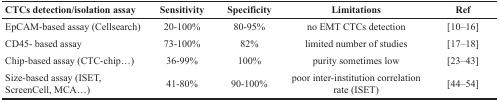
<table><thead><tr><td><b>CTCs detection/isolation assay</b></td><td><b>Sensitivity</b></td><td><b>Specificity</b></td><td><b>Limitations</b></td><td><b>Ref</b></td></tr></thead><tbody><tr><td>EpCAM-based assay (Cellsearch)</td><td>20-100%</td><td>80-95%</td><td>no EMT CTCs detection</td><td>[10–16]</td></tr><tr><td>CD45- based assay</td><td>73-100%</td><td>82%</td><td>limited number of studies</td><td>[17–18]</td></tr><tr><td>Chip-based assay (CTC-chip...)</td><td>36-99%</td><td>100%</td><td>purity sometimes low</td><td>[23–43]</td></tr><tr><td>Size-based assay (ISET, ScreenCell, MCA...)</td><td>41-80%</td><td>90-100%</td><td>poor inter-institution correlation rate (ISET)</td><td>[44–54]</td></tr></tbody></table>